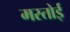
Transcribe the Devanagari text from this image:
मस्तोई